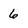
Character: 6